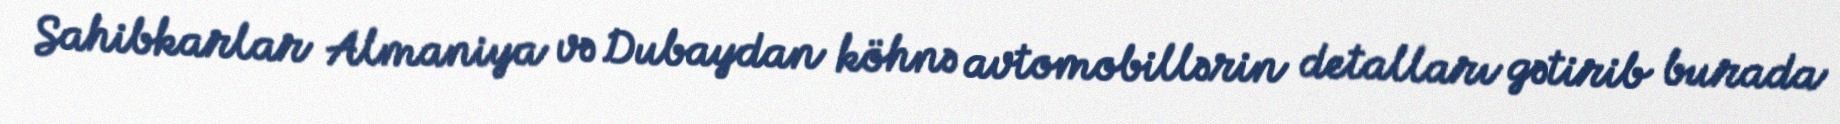
Sahibkarlar Almaniya və Dubaydan köhnə avtomobillərin detalları gətirib burada